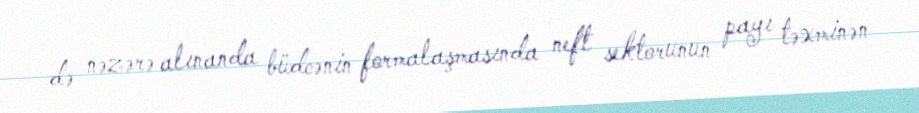
də nəzərə alınanda büdcənin formalaşmasında neft sektorunun payı təxminən